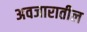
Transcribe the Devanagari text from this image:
अवजारातील